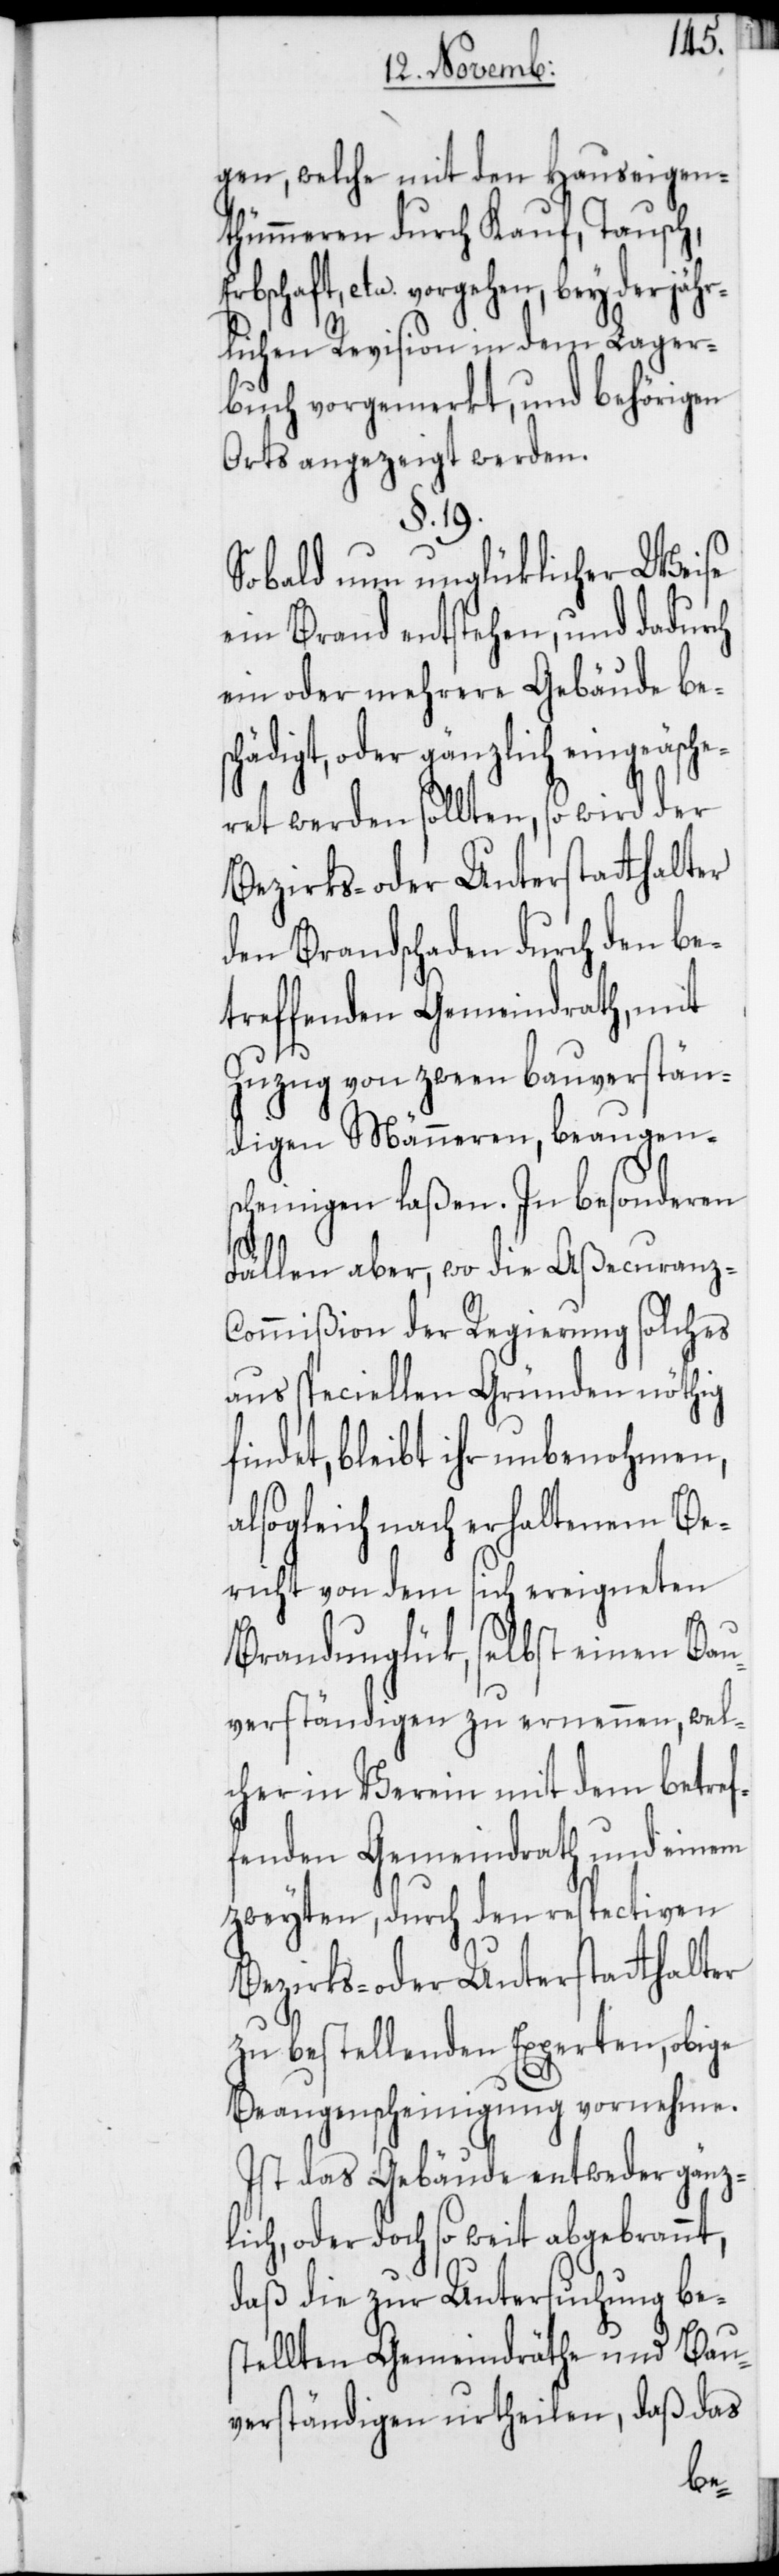
gen, welche mit den Hauseigen¬
thümmeren durch Kauf, Tausch,
etc. vorgehen, bey der jäh¬
rlichen Revision in dem Lager¬
buch vorgemerkt, und behörigen
Orts angezeigt werden.
§. 19.
Sobald nun unglüklicher Weise
ein Brand entstehen, und dadurch
ein oder mehrere Gebäude be¬
schädigt, oder gänzlich eingeäsche¬
ret werden sollten, so wird der
Bezirks- oder Unterstatthalter
den Brandschaden durch den be¬
treffenden Gemeindrath, mit
Zuzug von zween bauverstän¬
digen Männeren, beaugens¬
cheinigen laßen. In besonderen
Fällen aber, wo die Aßecuranz-C¬
ommißion der Regierung solches
aus speciellen Gründen nöthig
findet, bleibt ihr unbenohmen,
alsogleich nach erhaltenem Be¬
richt von dem sich ereigneten
Brandunglük, selbst einen Bau¬
verständigen zu ernennen, wel¬
cher in Verein mit dem betref¬
fenden Gemeindrath und einem
zweyten, durch den respectiven
Bezirks- oder Unterstatthalter
zu bestellenden Experten, obige
Beaugenscheinigung vornehme.
Ist das Gebäude entweder gänz¬
lich, oder doch so weit abgebrannt,
daß die zur Untersuchung bes¬
tellten Gemeindräthe und Bau¬
verständigen urtheilen, daß das